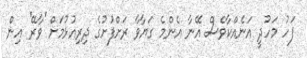
ފަހު މަހުދީ އަނެއްކާވެސް އޭނާ އެންމެ ގަޔާވާ ރަށްފުށުގެ ދިރިއުޅުމަށް 'ވާރޭ' އިން